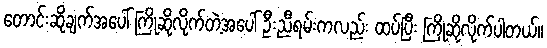
တောင်းဆိုချက်အပေါ် ကြိုဆိုလိုက်တဲ့အပေါ် ဦးညီရမ်းကလည်း ထပ်ပြီး ကြိုဆိုလိုက်ပါတယ်။